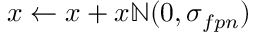
x \leftarrow x + x \mathbb { N } ( 0 , \sigma _ { f p n } )